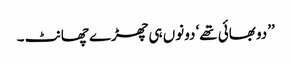
’’دو بھائی تھے‘ دونوں ہی چھڑے چھانٹ ۔